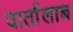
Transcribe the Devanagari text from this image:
वार्तालाब